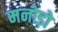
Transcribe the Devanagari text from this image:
मनोड़ो